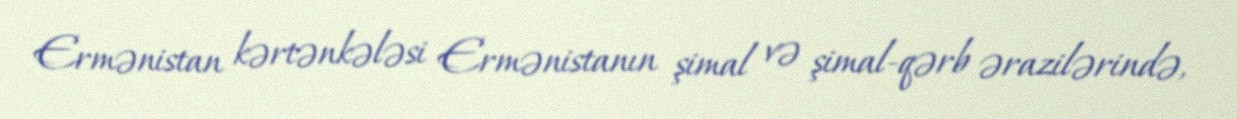
Ermənistan kərtənkələsi Ermənistanın şimal və şimal-qərb ərazilərində,